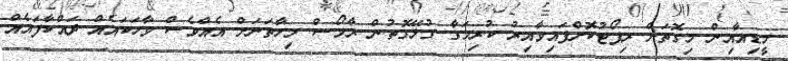
މީޑިއާއިން މިގޮތަށް ރިޕޯޓުކޮށްފައިވާއިރު ކުރިމަގާ ގުޅޭގޮތުން ރާމޯސް މިހާތަނަށް އެއްވެސް ވާހަކައެއް ދައްކާފައެއް